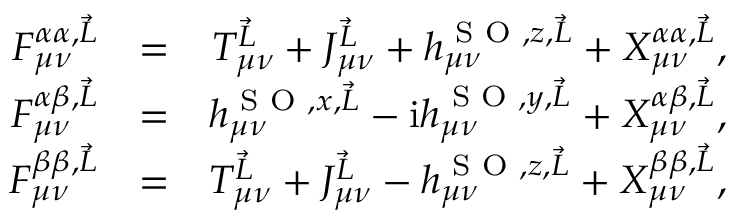
\begin{array} { r l r } { F _ { \mu \nu } ^ { \alpha \alpha , \vec { L } } } & { = } & { T _ { \mu \nu } ^ { \vec { L } } + J _ { \mu \nu } ^ { \vec { L } } + h _ { \mu \nu } ^ { \textrm { S O } , z , \vec { L } } + X _ { \mu \nu } ^ { \alpha \alpha , \vec { L } } , } \\ { F _ { \mu \nu } ^ { \alpha \beta , \vec { L } } } & { = } & { h _ { \mu \nu } ^ { \textrm { S O } , x , \vec { L } } - \mathrm { i } h _ { \mu \nu } ^ { \textrm { S O } , y , \vec { L } } + X _ { \mu \nu } ^ { \alpha \beta , \vec { L } } , } \\ { F _ { \mu \nu } ^ { \beta \beta , \vec { L } } } & { = } & { T _ { \mu \nu } ^ { \vec { L } } + J _ { \mu \nu } ^ { \vec { L } } - h _ { \mu \nu } ^ { \textrm { S O } , z , \vec { L } } + X _ { \mu \nu } ^ { \beta \beta , \vec { L } } , } \end{array}